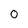
Character: 0